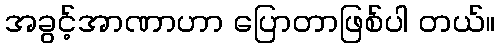
အခွင့်အာဏာဟာ ပြောတာဖြစ်ပါ တယ်။